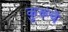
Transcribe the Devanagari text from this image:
कुरूंचे